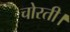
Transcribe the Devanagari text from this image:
चोरती।